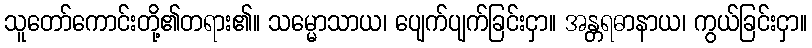
သူတော်ကောင်းတို့၏တရား၏။ သမ္မောသာယ၊ ပျေက်ပျက်ခြင်းငှာ။ အန္တရဓာနာယ၊ ကွယ်ခြင်းငှာ။